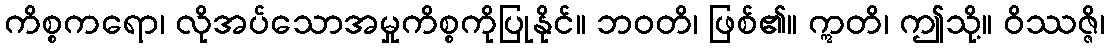
ကိစ္စကရော၊ လိုအပ်သောအမှုကိစ္စကိုပြုနိုင်။ ဘဝတိ၊ ဖြစ်၏။ ဣတိ၊ ဤသို့။ ဝိဿဇ္ဇိ၊